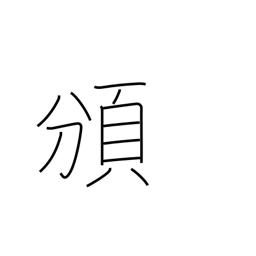
Meaning: distribute